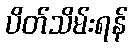
ပိတ်သိမ်းရန်